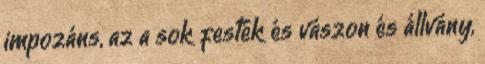
impozáns, az a sok festék és vászon és állvány,